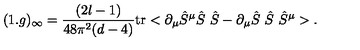
( 1 . g ) _ { \infty } = \frac { ( 2 l - 1 ) } { 4 8 \pi ^ { 2 } ( d - 4 ) } \mathrm { t r } < \partial _ { \mu } \hat { S } ^ { \mu } \hat { S } \ \hat { S } - \partial _ { \mu } \hat { S } \ \hat { S } \ \hat { S } ^ { \mu } > .